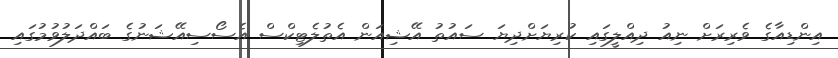
އިންޑިއާގެ ވެރިރަށް ނިއު ދިއްލީގައި ކުރިޔަށްދިޔަ ސައުތު އޭޝިއަން އެތުލެޓިކްސް އެސޯސިއޭޝަނުގެ ބައްދަލުވުމުގައި